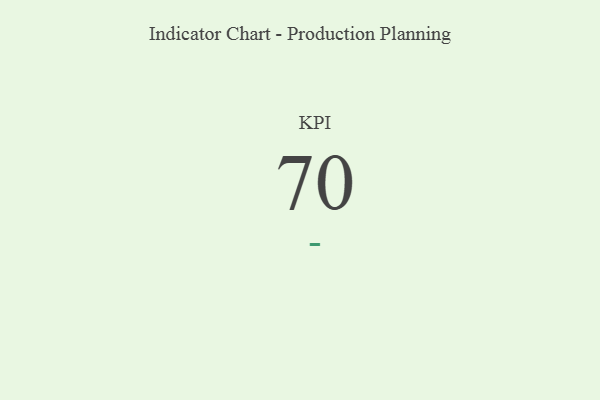
{"axis": {"x": "KPI", "y": "Value"}, "legend": [""], "data": [{"x": "KPI", "y": 70, "type": ""}]}